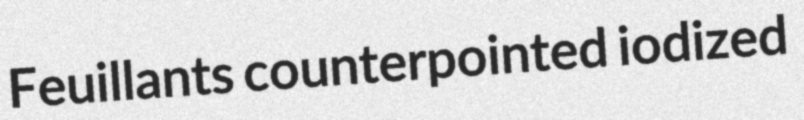
Feuillants counterpointed iodized